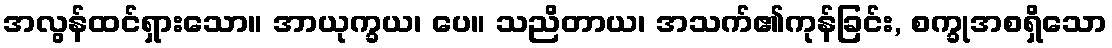
အလွန်ထင်ရှားသော။ အာယုက္ခယ၊ ပေ။ သညိတာယ၊ အသက်၏ကုန်ခြင်း, စက္ခုအစရှိသော